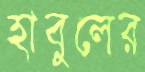
হাবুলের